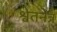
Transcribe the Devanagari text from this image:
श्वेतनेत्र